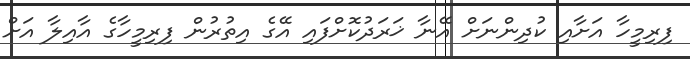
ފިރިމީހާ އަށާއި ކުދިންނަށް އޭނާ ޚަރަދުކޮށްފައި އޭގެ އިތުރުން ފިރިމީހާގެ އާއިލާ އަށް